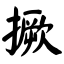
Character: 撅